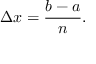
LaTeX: \Delta x = { \frac { b - a } { n } } .